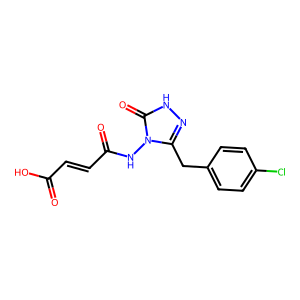
SMILES: O=C(O)C=CC(=O)Nn1c(Cc2ccc(Cl)cc2)n[nH]c1=O
Inhibits HIV replication: No